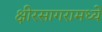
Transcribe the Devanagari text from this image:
क्षीरसागरामध्ये